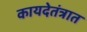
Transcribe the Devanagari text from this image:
कायदेतंत्रात